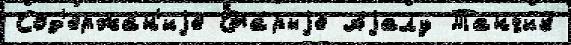
Сод'ержа́н'иjе Ста́рыjе Аjалу Танчик